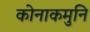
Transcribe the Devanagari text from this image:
कोनाकमुनि